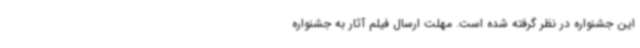
این جشنواره در نظر گرفته شده است. مهلت ارسال فیلم آثار به جشنواره